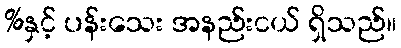
%နှင့် ပန်းသေး အနည်းငယ် ရှိသည်။